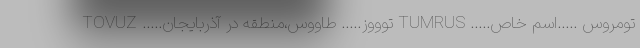
تومروس …..اسم خاص….. TUMRUS توووز….. طاووس،منطقه در آذربایجان….. TOVUZ